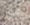
يجب